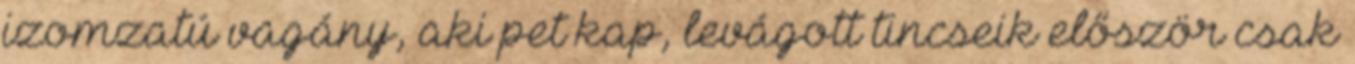
izomzatú vagány, aki pet kap, levágott tincseik először csak